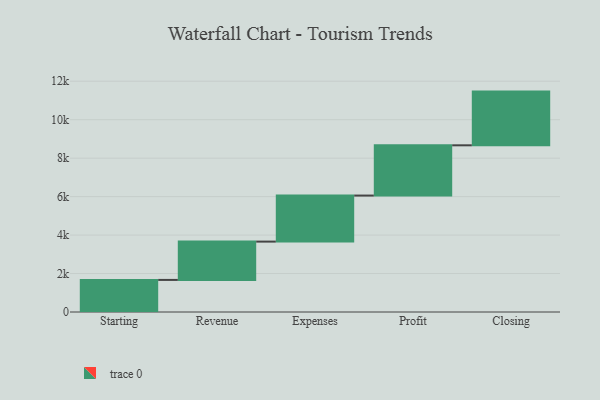
{"axis": {"x": "Step", "y": "Value"}, "legend": [""], "data": [{"x": "Starting", "y": 1668.0, "type": ""}, {"x": "Revenue", "y": 1993.0, "type": ""}, {"x": "Expenses", "y": 2394.0, "type": ""}, {"x": "Profit", "y": 2613.0, "type": ""}, {"x": "Closing", "y": 2793.0, "type": ""}]}